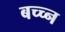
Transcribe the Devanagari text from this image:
बच्च्न